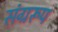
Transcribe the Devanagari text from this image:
संग्ररूप